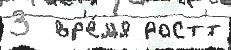
3  вр'е́м'я раст'́т